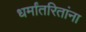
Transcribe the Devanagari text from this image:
धर्मांतरितांना